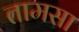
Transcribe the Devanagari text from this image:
तामसा